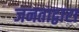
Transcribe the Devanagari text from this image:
जनताद्वारा